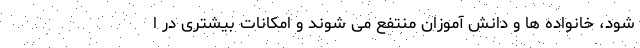
شود، خانواده ها و دانش آموزان منتفع می شوند و امکانات بیشتری در ا